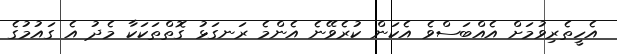
އެހީތެރިވުމަށް އެއްބަސްވެ އެކަން ކުރެވޭނެ އެންމެ ރަނގަޅު ގޮތްތަކަކާ މެދު އެ ގައުމުގެ